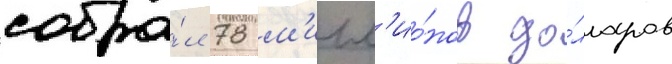
собра́л 78 м'илл'ио́нов до́лларов